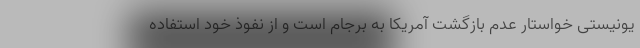
یونیستی خواستار عدم بازگشت آمریکا به برجام است و از نفوذ خود استفاده